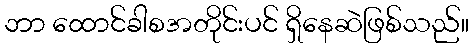
ဘာ ထောင်ခါစအတိုင်းပင် ရှိနေဆဲဖြစ်သည်။